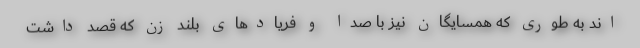
اند به طوری که همسایگان نیز با صدا و فریادهای بلند زن که قصد داشت